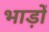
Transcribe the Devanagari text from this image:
भाड़ों